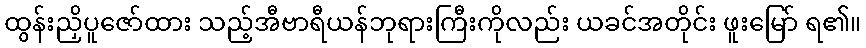
ထွန်းညှိပူဇော်ထား သည့်အီဗာရီယန်ဘုရားကြီးကိုလည်း ယခင်အတိုင်း ဖူးမြော် ရ၏။